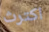
اكترث